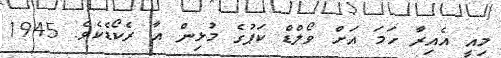
މިއީ އެއިރާ ހަމަ އަށް ވޯލްޑް ކަޕުގެ މުޅިން އާ ރެކޯޑެކެވެ. 1945